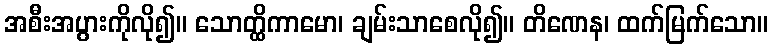
အစီးအပွားကိုလို၍။ သောတ္ထိကာမော၊ ချမ်းသာစေလို၍။ တိဏေန၊ ထက်မြက်သော။